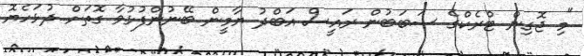
"މި ޖޮގިން ޓްރެކްގެ ސަބަބުން ރައީސް އަބްދު ޔާމީން ބޭނުންފުޅުވާ ގޮތަށް ދުޅަހެޔޮ